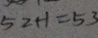
5 2 + 1 = 5 3